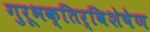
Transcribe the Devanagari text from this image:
गुरूभक्तिर्विशेषेण